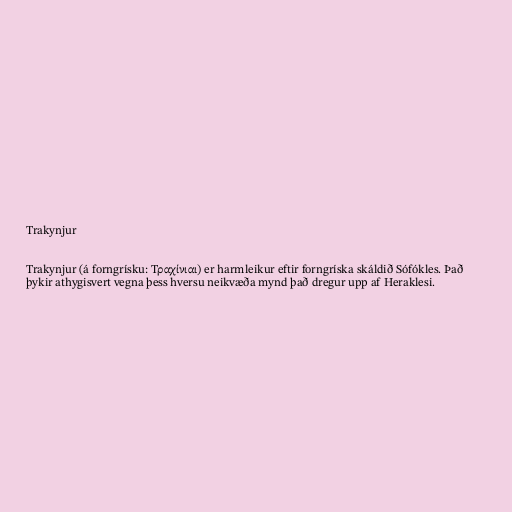
Trakynjur

Trakynjur (á forngrísku: Τραχίνιαι) er harmleikur eftir forngríska skáldið Sófókles. Það
þykir athygisvert vegna þess hversu neikvæða mynd það dregur upp af Heraklesi.